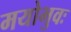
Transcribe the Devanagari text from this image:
मयोभुवः